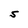
Character: S